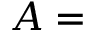
A =